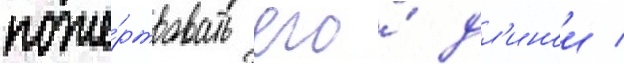
поже́ртвовать его́ дл'инои /